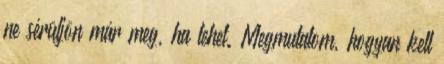
ne sérüljön már meg, ha lehet. Megmutatom, hogyan kell